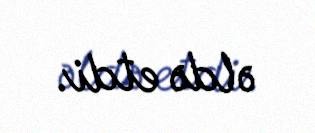
əldə etdi.